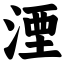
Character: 湮